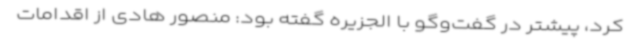
کرد، پیشتر در گفت‌وگو با الجزیره گفته بود: منصور هادی از اقدامات